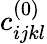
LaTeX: c_{ijkl}^{(0)}